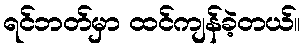
ရင်ဘတ်မှာ ထင်ကျန်ခဲ့တယ်။